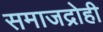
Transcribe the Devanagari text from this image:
समाजद्रोही